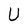
Character: U